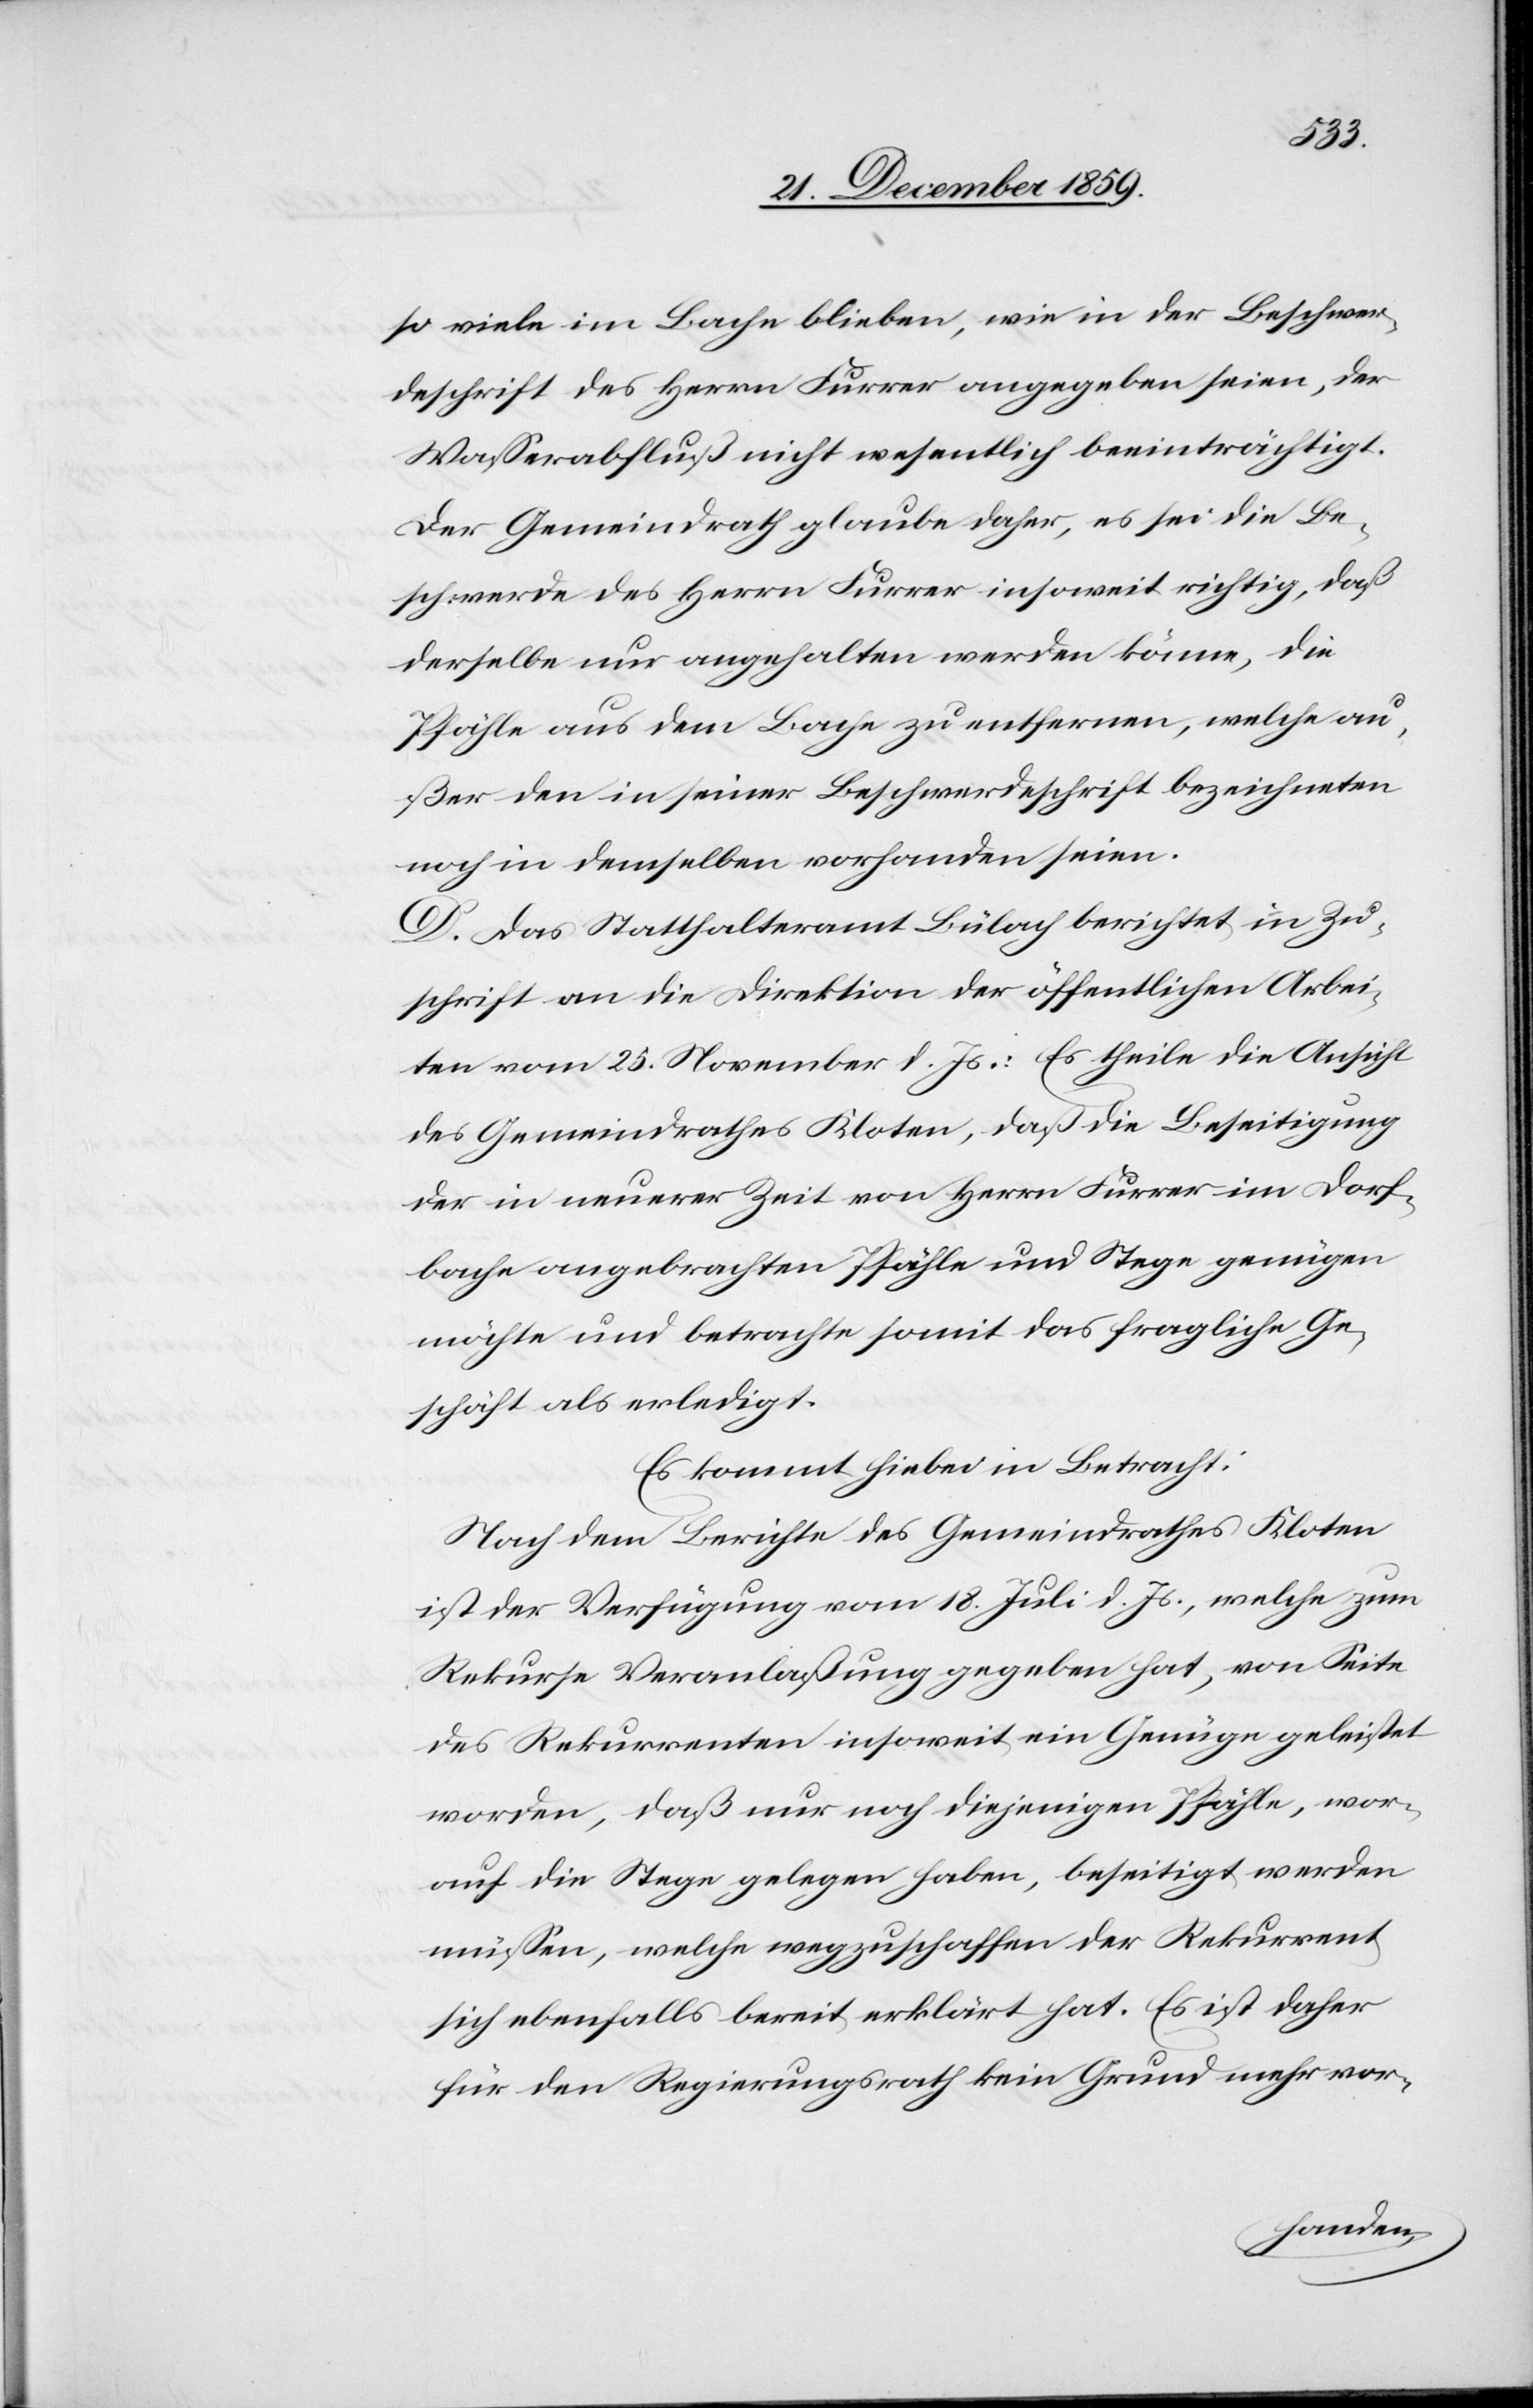
so viele im Bach blieben, wie in der Beschwer¬
deschrift des Herrn Furrer angegeben seien, der
Wasserabfluß nicht wesentlich beeinträchtigt.
Der Gemeindrath glaube daher, es sei die Be¬
schwerde des Herrn Furrer insoweit richtig, daß
derselbe nur angehalten werden könne, die
Pfähle aus dem Bache zu entfernen, welche au¬
ßer den in seiner Beschwerdeschrift bezeichneten
noch in demselben vorhanden seien.
D. Das Statthalteramt Bülach berichtet in Zu¬
schrift an die Direktion der öffentlichen Arbei¬
ten vom 25. November d. Js.: Es theile die Ansicht
des Gemeindrathes Kloten, daß die Beseitigung
der in neuerer Zeit von Herrn Furrer im Dorf¬
bache angebrachten Pfähle und Stege genügen
möchte und betrachte somit das fragliche Ge¬
schäft als erledigt.
Es kommt hiebei in Betracht:
Nach dem Berichte der Gemeindrathes Kloten
ist der Verfügung vom 18. Juli d. Js., welche zum
Rekurse Veranlaßung gegeben hat, von Seite
des Rekurrenten insoweit ein Genüge geleistet
worden, daß nur noch diejenigen Pfähle, wor¬
auf die Stege gelegen haben, beseitigt werden
müssen, welche wegzuschaffen der Rekurrent
sich ebenfalls bereit erklärt hat. Es ist daher
für den Regierungsrath kein Grund mehr vor-